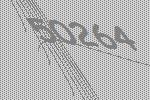
50264